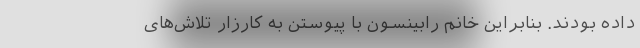
داده‌ بودند. بنابراین خانم رابینسون با پیوستن به کارزار تلاش‌های